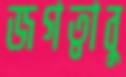
জগত্বাবু